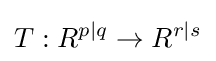
T:R^{p|q}\to R^{r|s}